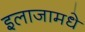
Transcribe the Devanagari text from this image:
इलाजामधे